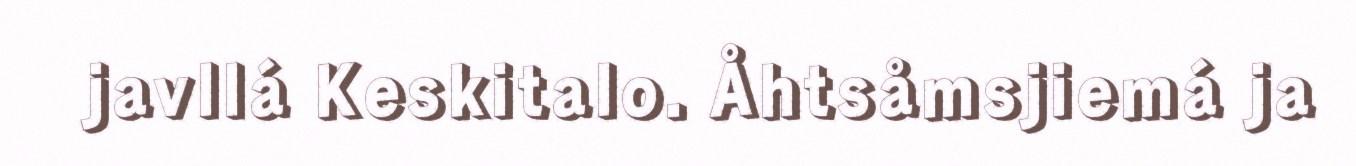
javllá Keskitalo. Åhtsåmsjiemá ja